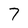
Character: 7